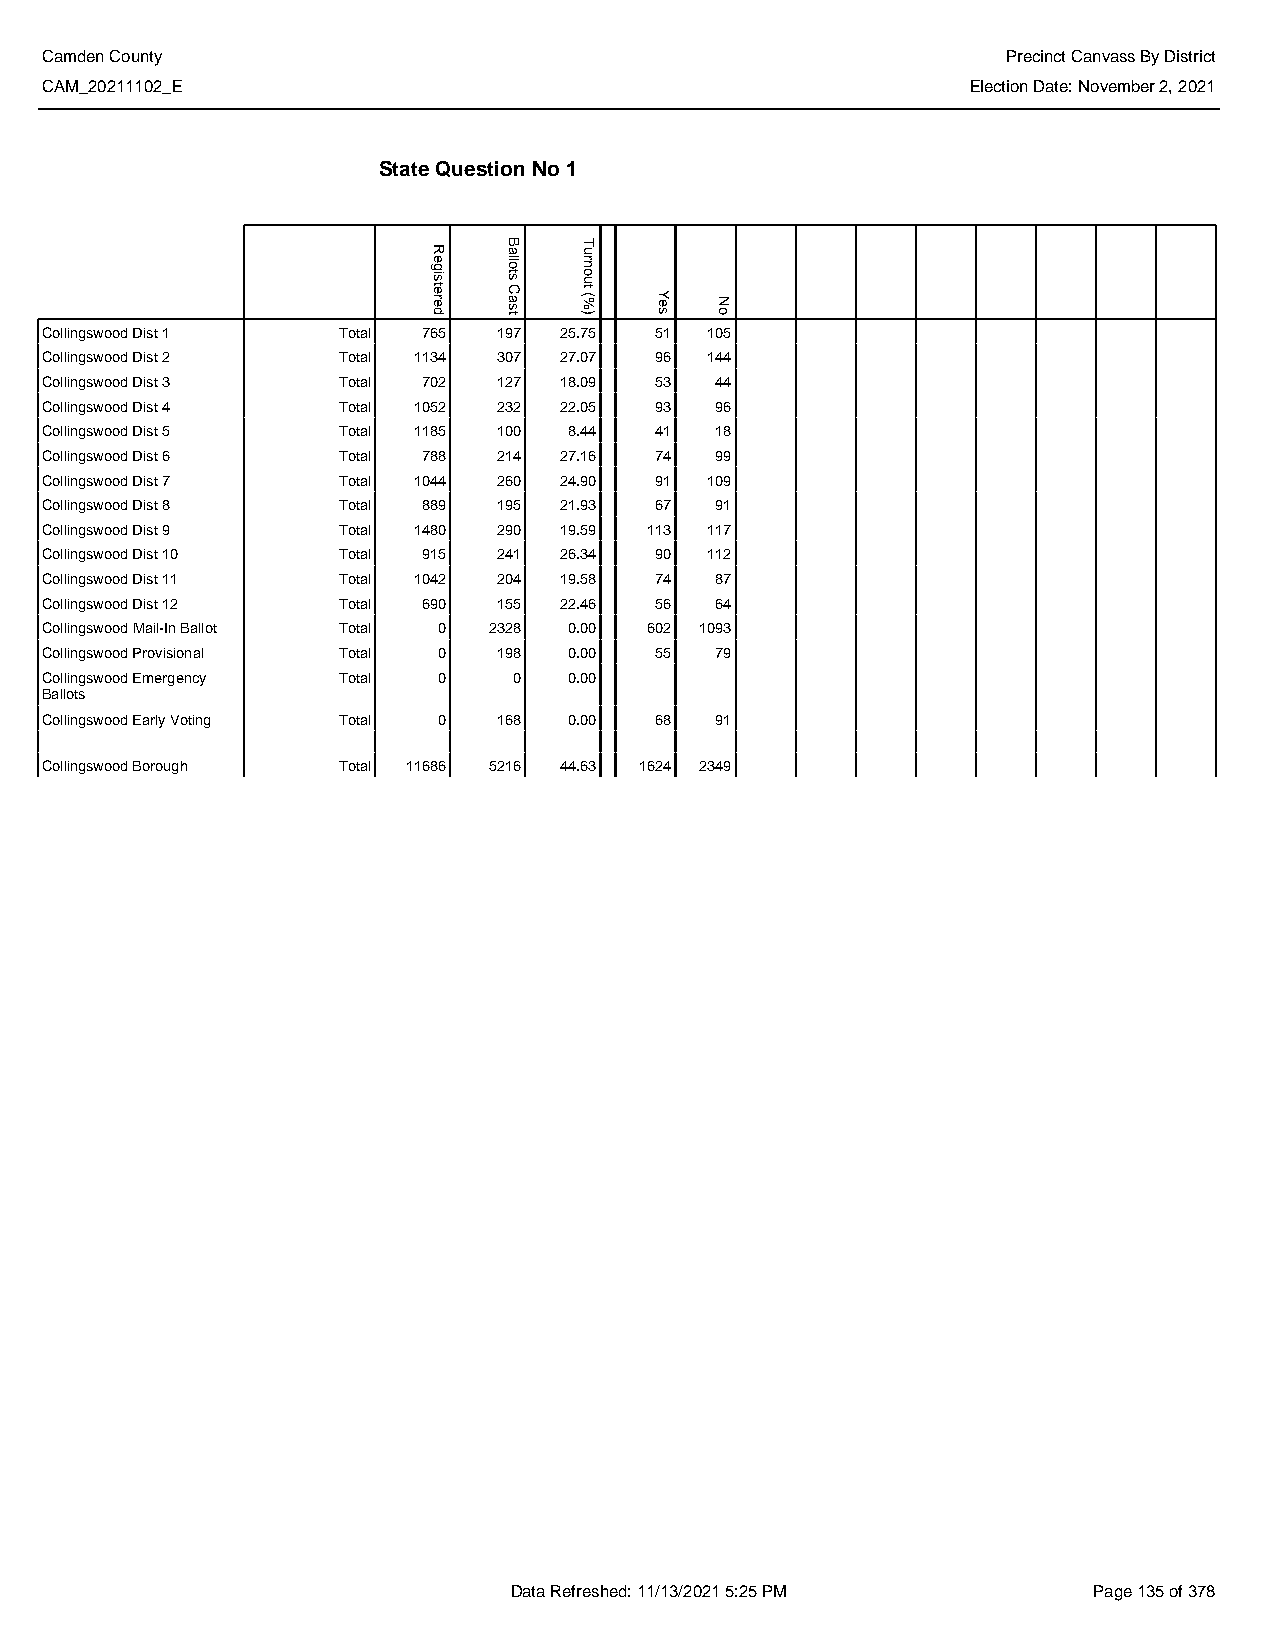
Camden County                                                   Precinct Canvass By District
 CAM_20211102_E                                               Election Date: November 2, 2021
 State Question No 1
 Collingswood Dist 1 Total 765 197 25.75 51  105
 Collingswood Dist 2 Total 1134 307 27.07 96 144
 Collingswood Dist 3 Total 702 127 18.09 53  44
 Collingswood Dist 4 Total 1052 232 22.05 93 96
 Collingswood Dist 5 Total 1185 100 8.44 41  18
 Collingswood Dist 6 Total 788 214 27.16 74  99
 Collingswood Dist 7 Total 1044 260 24.90 91 109
 Collingswood Dist 8 Total 889 195 21.93 67  91
 Collingswood Dist 9 Total 1480 290 19.59 113 117
 Collingswood Dist 10 Total 915 241 26.34 90 112
 Collingswood Dist 11 Total 1042 204 19.58 74 87
 Collingswood Dist 12 Total 690 155 22.46 56 64
 Collingswood Mail-In Ballot Total 0 2328 0.00 602 1093
 Collingswood Provisional Total 0 198 0.00 55 79
 Collingswood Emergency Total 0 0   0.00
 Ballots
 Collingswood Early Voting Total 0 168 0.00 68 91
 Collingswood Borough Total 11686 5216 44.63 1624 2349
 Data Refreshed: 11/13/2021 5:25 PM    Page 135 of 378
 Registered
 Ballots
 Cast
 Turnout
 (%)  Yes No